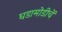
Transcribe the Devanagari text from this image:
घडामोडीचें